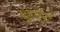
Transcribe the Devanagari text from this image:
बहुवैनी